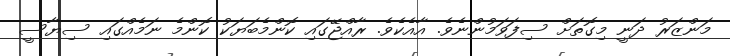
މަންޒަރު ދަނީ މިގޮތަށް ސިފަވަމުންނެވެ. އާއެކެވެ. ރާއްޖޭގައި ކޮންމެބަޔަކު ކޮންމެ ނަމެއްގައި ސިޔާސީ